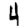
Digit: 4